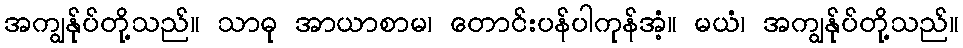
အကျွန်ုပ်တို့သည်။ သာဓု အာယာစာမ၊ တောင်းပန်ပါကုန်အံ့။ မယံ၊ အကျွန်ုပ်တို့သည်။